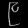
Digit: ၉